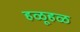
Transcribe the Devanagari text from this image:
हळूहळ